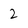
Character: 2